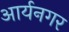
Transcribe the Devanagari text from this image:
आर्यनगर